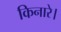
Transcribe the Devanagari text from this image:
किनारे।